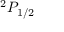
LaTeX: ^ { 2 } P _ { 1 / 2 }